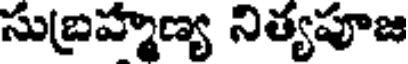
సుబ్రహ్మణ్య నిత్యపూజ